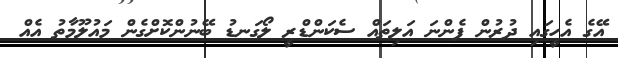
އޭގެ އެހީގައި ދުރުން ފެންނަ އަލިތައް ސެކަންޑްރީ ލޯގަނޑު ބޭނުންކޮށްގެން މައުލޫމާތު އެއް